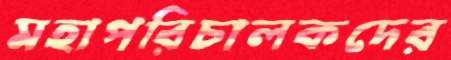
মহাপরিচালকদের